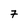
Character: 7